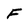
Character: F